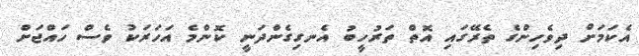
އެކަމަށް ދިވެހިންގެ ތެރޭގައި އޮތް ތަރުހީބު އެނގިގެންދަނީ ކޮންމެ އަހަރަކު ވެސް ހައްޖަށް